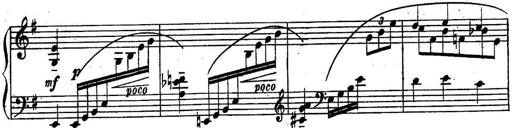
Title: Sonatine
Composer: Adrian Shaposhnikov
Key: E minor